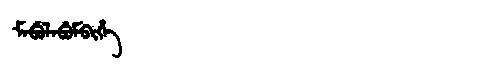
Manchu: ᠮᠠᠪᡠᠯᠠᠪᡠᠮᠪᡳᡥᡝ
Romanization: MABULABUMBIHE